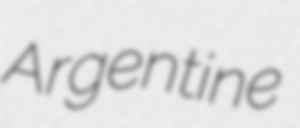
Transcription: Argentine